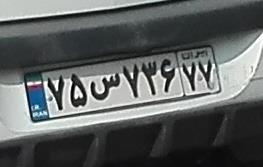
۷۵س۷۳۶۷۷